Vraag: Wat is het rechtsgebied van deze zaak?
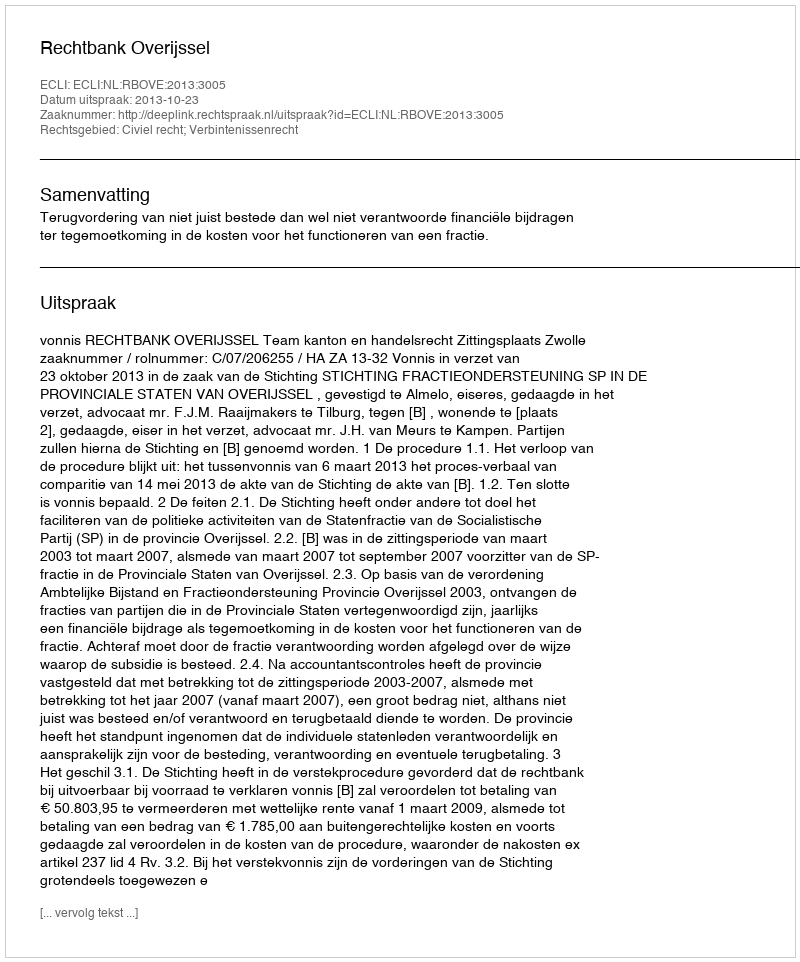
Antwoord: Civiel recht; Verbintenissenrecht